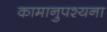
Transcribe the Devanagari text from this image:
कामानुपश्यना